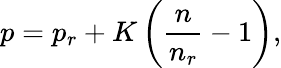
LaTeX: p=p_{r}+K\left(\frac{n}{n_{r}}-1\right),